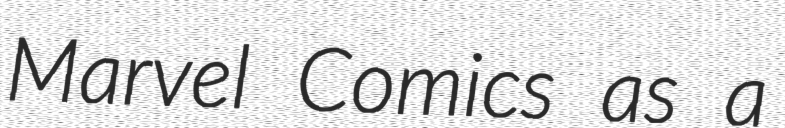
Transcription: Marvel Comics as a